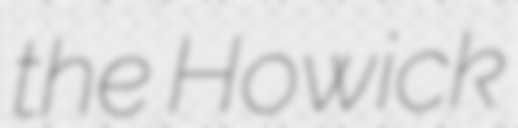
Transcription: the Howick